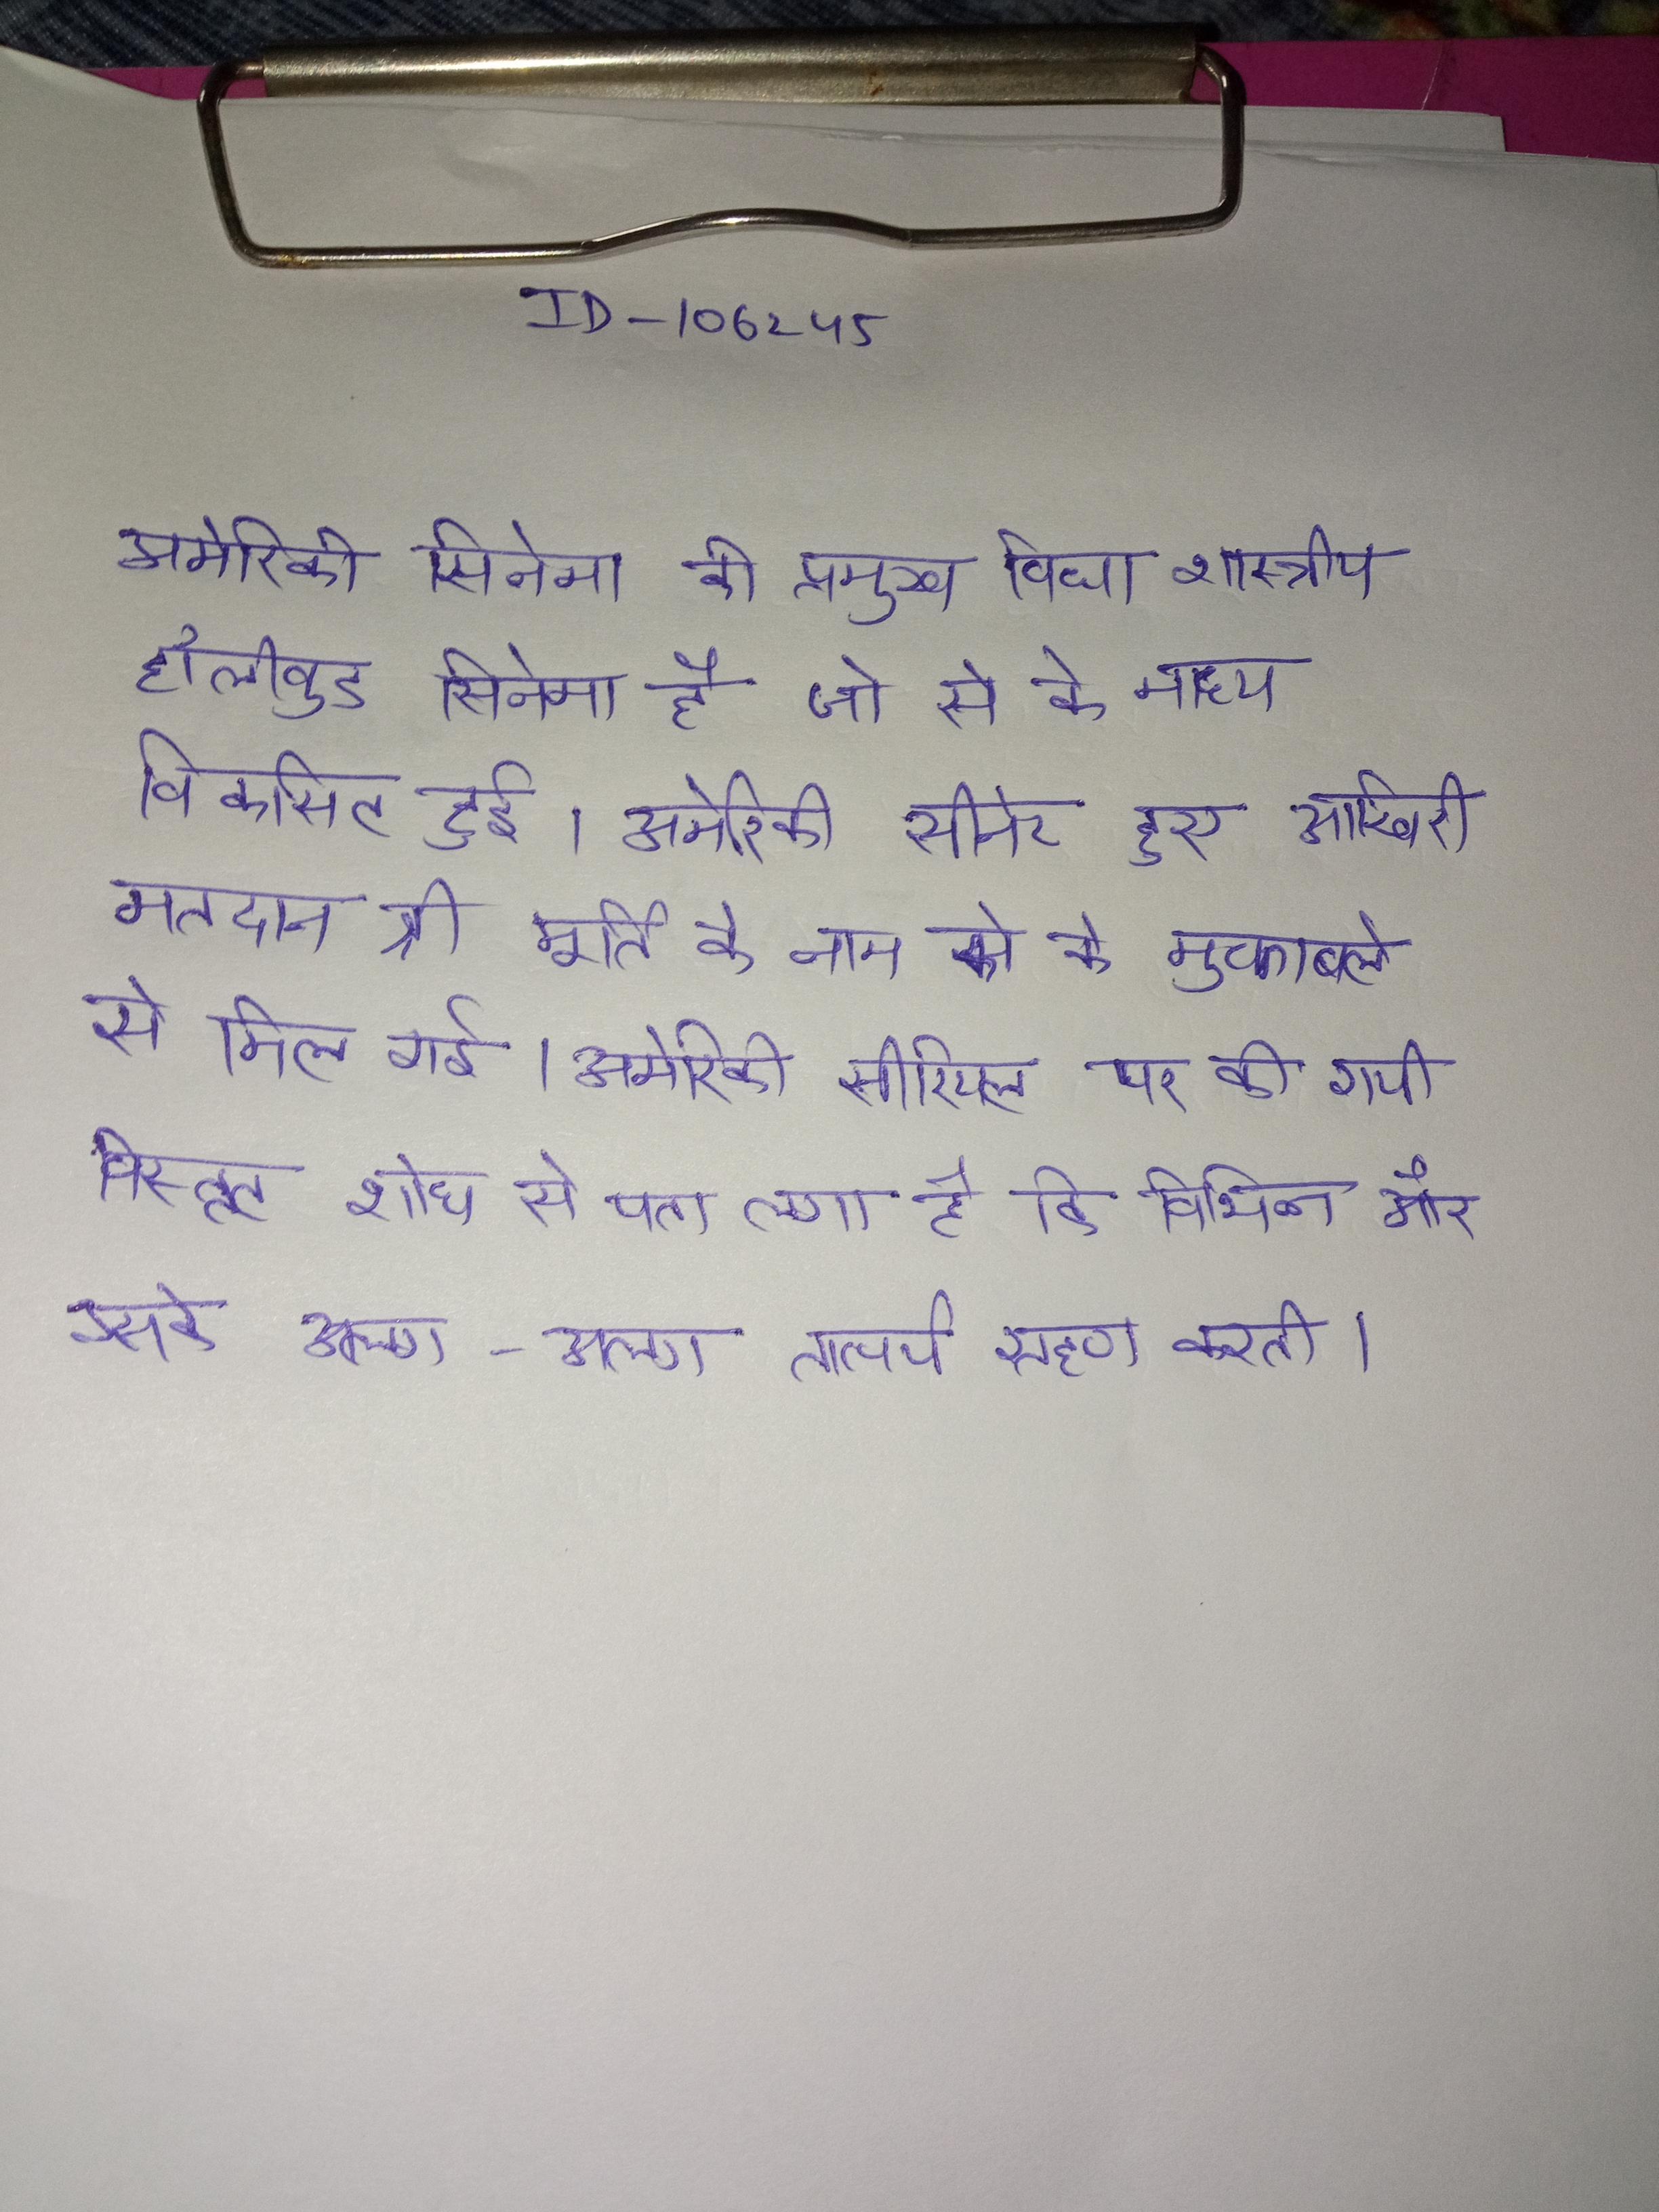
अमेरिकी सिनेमा की प्रमुख विधा शास्त्रीय हॉलीवुड सिनेमा है जो से के मध्य विकसित हुई । अमेरिकी सीनेट हुए आखिरी मतदान श्री मूर्ति के नाम को के मुकाबले से मिल गई । अमेरिकी सीनेटर बर्नी का समर्थन किया । अमेरिकी सीरियल पर की गयी विस्तृत शोध से पता लगा है कि विभिन्न और उसके अलग-अलग तात्पर्य ग्रहण करती ।